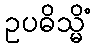
ဥပဓိသ္မိံ